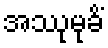
အဿုမုခိံ